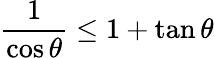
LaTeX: \frac{1}{\cos\theta}\leq 1+\tan\theta